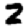
Digit: 2